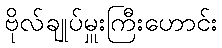
ဗိုလ်ချုပ်မှူးကြီးဟောင်း